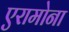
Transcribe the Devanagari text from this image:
एरामोना